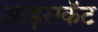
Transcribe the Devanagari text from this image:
आइसकॅट